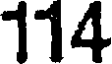
114